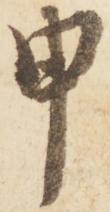
申